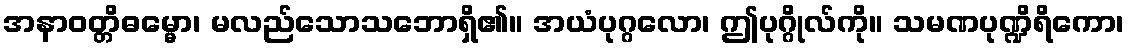
အနာဝတ္တိဓမ္မော၊ မလည်သောသဘောရှိ၏။ အယံပုဂ္ဂလော၊ ဤပုဂ္ဂိုလ်ကို။ သမဏပုဏ္ဍိရိကော၊